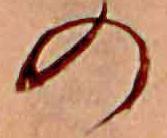
の